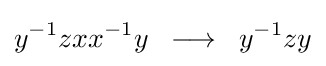
y^{-1}zxx^{-1}y\;\;\longrightarrow \;\;y^{-1}zy